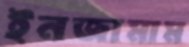
ইনজামাম